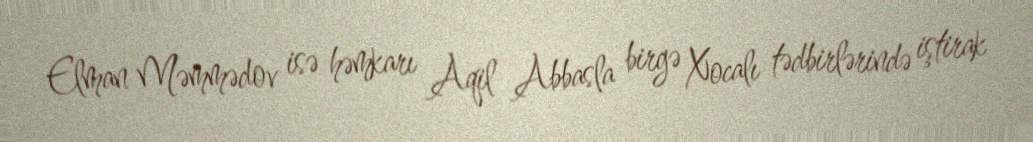
Elman Məmmədov isə həmkarı Aqil Abbasla birgə Xocalı tədbirlərində iştirak